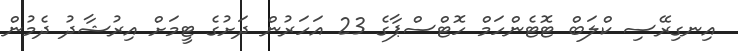
އިނގިރޭސި ކްލަބް ޓޮޓެންހަމް ހޮޓްސްޕާގެ 23 އަހަރުން ދަށުގެ ޓީމަށް އިރުޝާދު ދެމުން